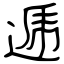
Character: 逓